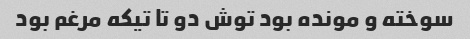
سوخته و مونده بود توش دو تا تیکه مرغم بود